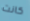
كانت